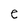
Character: e